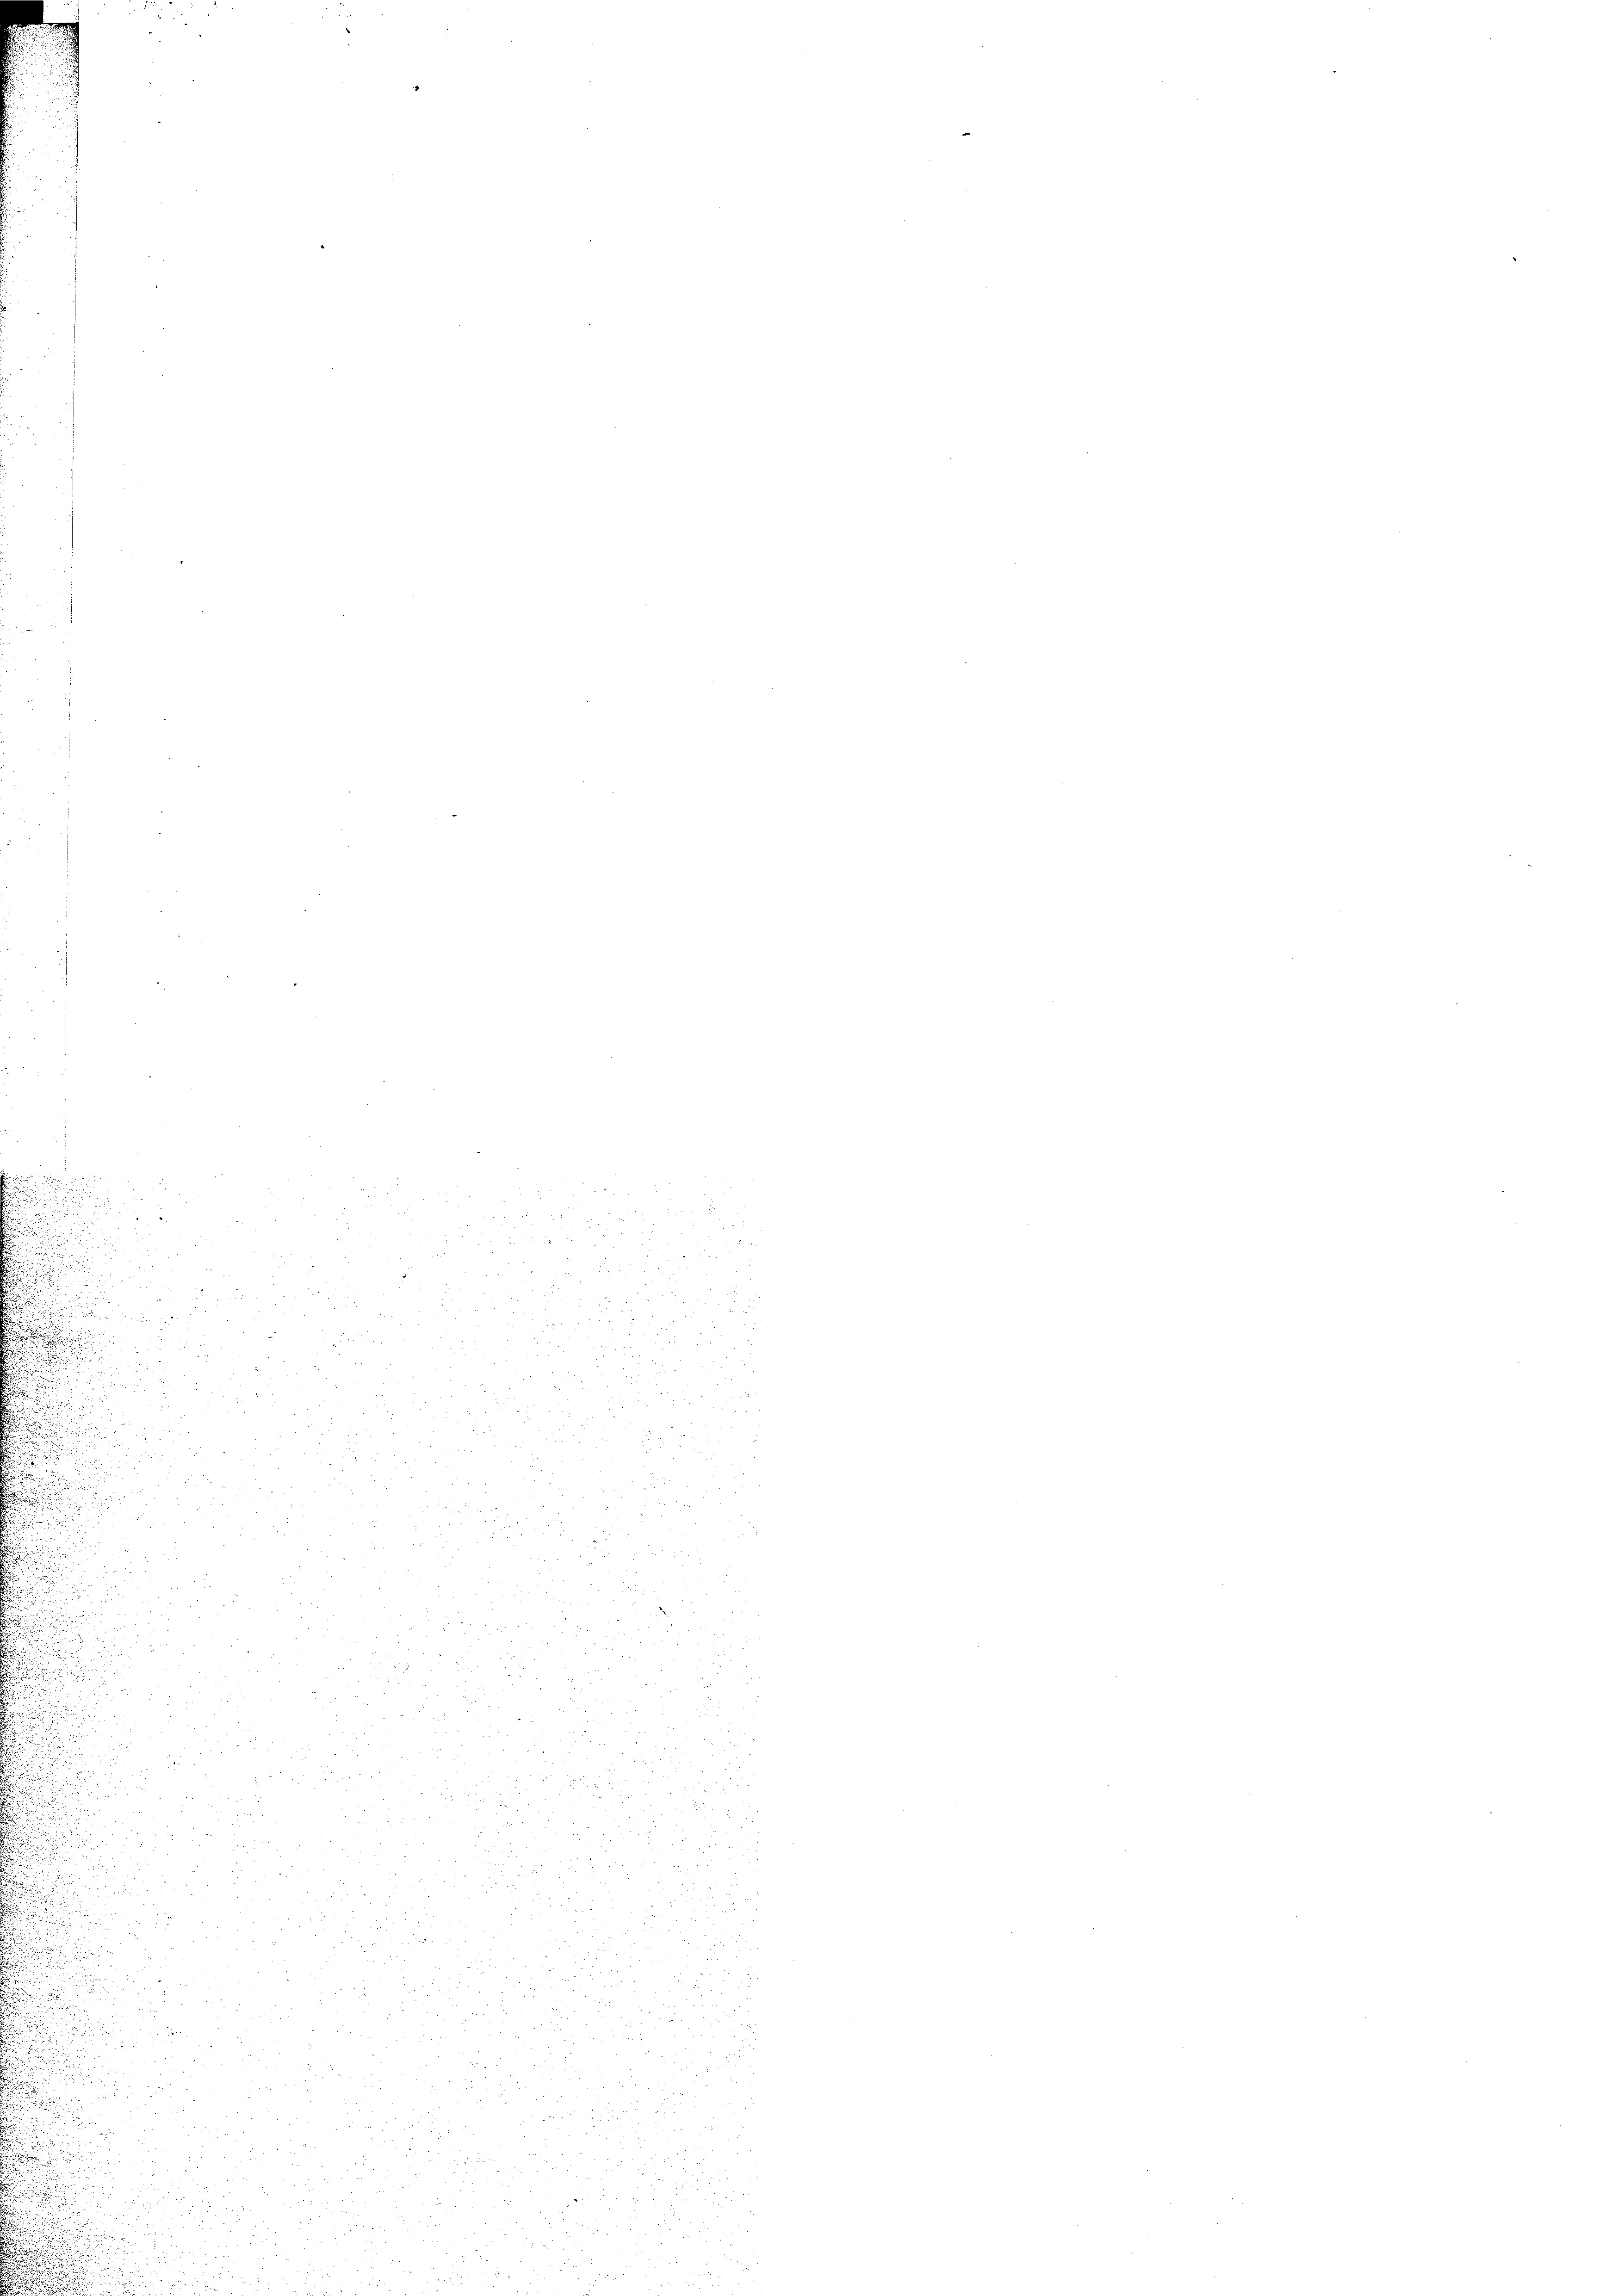
2
u
.

.
u

.

o

u

u

r
a

r

N 22
e
u